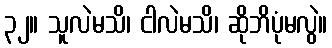
၃၂။ သူလဲမသိ၊ ငါလဲမသိ၊ ဆိုဘိပုံမလွဲ။